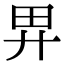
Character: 𢌿